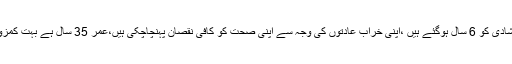
مسز،ث،ش،لکھتی ہیں کہ ان کی شادی کو 6 سال ہوگئے ہیں ،اپنی خراب عادتوں کی وجہ سے اپنی صحت کو کافی نقصان پہنچاچکی ہیں،عمر 35 سال ہے بہت کمزور اور رنگت بھی پیلی ہوگی ہے۔